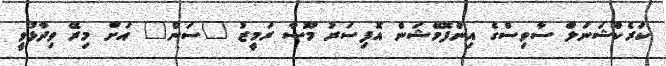
ކަރެކްޝަނަލް ސާވިސްގެ އިންފޮމޭޝަން އޮފިސަރު މޫސާ ރަމީޒު "ސަން" އަށް މިރޭ ވިދާޅުވީ